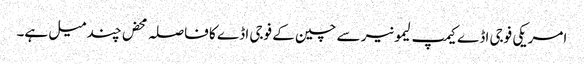
امریکی فوجی اڈے کیمپ لیمونیر سے چین کے فوجی اڈے کا فاصلہ محض چند میل ہے۔